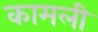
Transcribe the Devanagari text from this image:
कामली